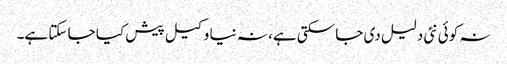
نہ کوئی نئی دلیل دی جا سکتی ہے، نہ نیا وکیل پیش کیا جا سکتا ہے۔